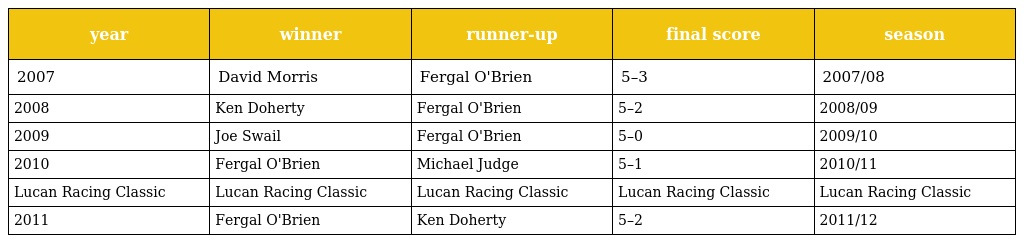
| year | winner | runner-up | final score | season |
 | --- | --- | --- | --- | --- |
 | 2007 | David Morris | Fergal O'Brien | 5–3 | 2007/08 |
 | 2008 | Ken Doherty | Fergal O'Brien | 5–2 | 2008/09 |
 | 2009 | Joe Swail | Fergal O'Brien | 5–0 | 2009/10 |
 | 2010 | Fergal O'Brien | Michael Judge | 5–1 | 2010/11 |
 | Lucan Racing Classic | Lucan Racing Classic | Lucan Racing Classic | Lucan Racing Classic | Lucan Racing Classic |
 | 2011 | Fergal O'Brien | Ken Doherty | 5–2 | 2011/12 |